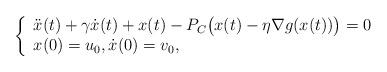
LaTeX: \begin{align*}\left\{\begin{array}{ll}\ddot x(t) + \gamma \dot x(t) + x(t)-P_C\big(x(t)-\eta \nabla g(x(t))\big)=0\\x(0)=u_0, \dot x(0)=v_0,\end{array}\right.\end{align*}